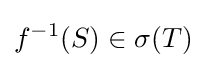
f^{-1}(S)\in \sigma (T)